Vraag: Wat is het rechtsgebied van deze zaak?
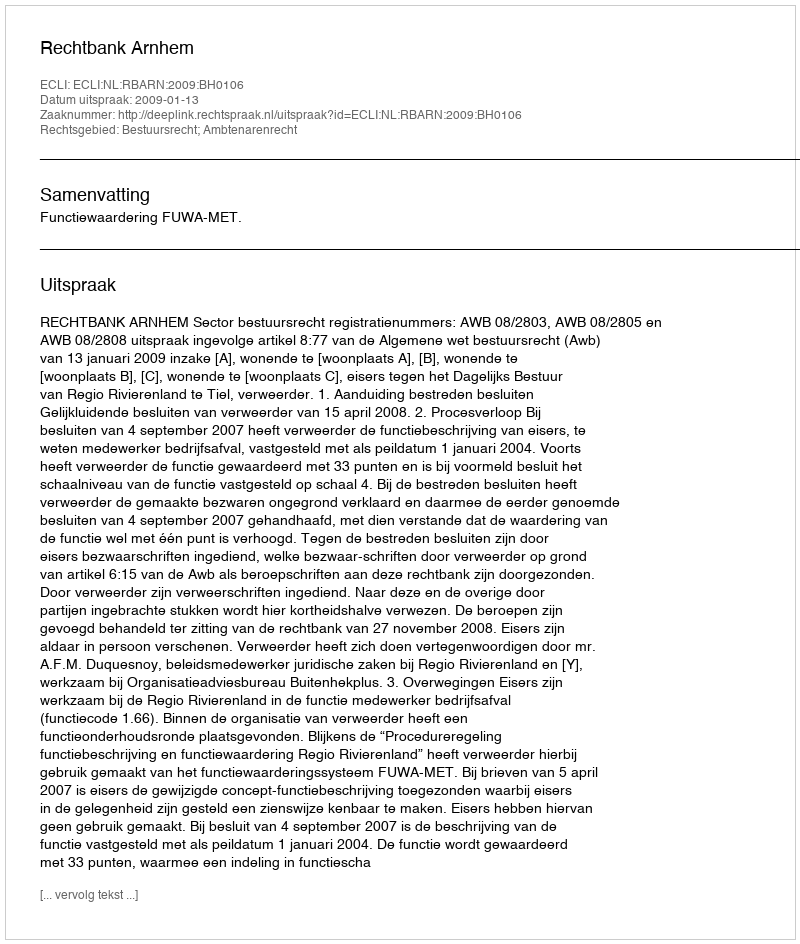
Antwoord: Bestuursrecht; Ambtenarenrecht